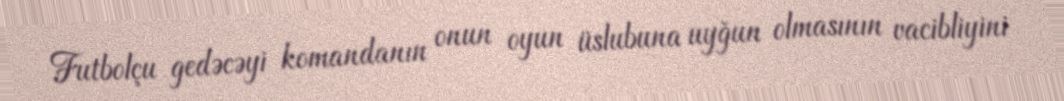
Futbolçu gedəcəyi komandanın onun oyun üslubuna uyğun olmasının vacibliyini